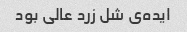
ایده‌ی شل زرد عالی بود